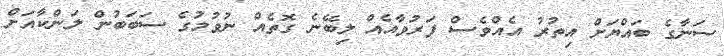
ސަނާގެ ބައްޔަށް އިތުރު އެއްވެސް ފަރުވާއެއް ލިބޭނެ ގޮތެއް ނުވުމުގެ ސަބަބުން ލަންކާއަށް